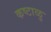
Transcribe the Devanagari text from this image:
कष्टाळु